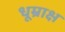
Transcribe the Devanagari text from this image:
धूम्राक्ष